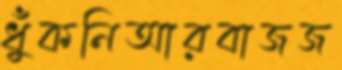
ধুঁকনিআরবাজজ